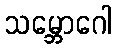
သမ္ဘောဂေါ